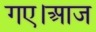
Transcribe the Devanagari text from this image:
गए।आज